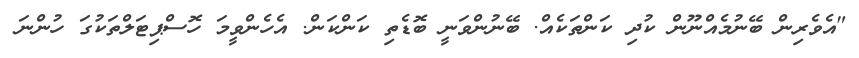
"އެވެރިން ބޭނުމެއްނޫން ކުދި ކަންތަކެއް. ބޭނުންވަނީ ބޮޑެތި ކަންކަން. އެހެންވީމަ ހޮސްޕިޓަލްތަކުގަ ހުންނަ